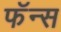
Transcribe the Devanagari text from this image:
फॅन्स